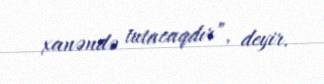
xanəndə tutacaqdır”, deyir.